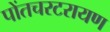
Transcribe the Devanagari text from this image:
पोंतचरटरायण